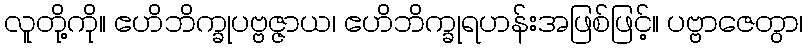
လူတို့ကို။ ဧဟိဘိက္ခုပဗ္ဗဇ္ဇာယ၊ ဧဟိဘိက္ခုရဟန်းအဖြစ်ဖြင့်။ ပဗ္ဗာဇေတွာ၊